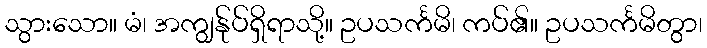
သွားသော။ မံ၊ အကျွန်ုပ်ရှိရာသို့။ ဥပသင်္ကမိ၊ ကပ်၏။ ဥပသင်္ကမိတွာ၊